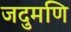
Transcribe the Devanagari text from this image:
जदुमणि